Preliminary report on an investigation into the etiology of Oriental sore in Cambay - Number 50
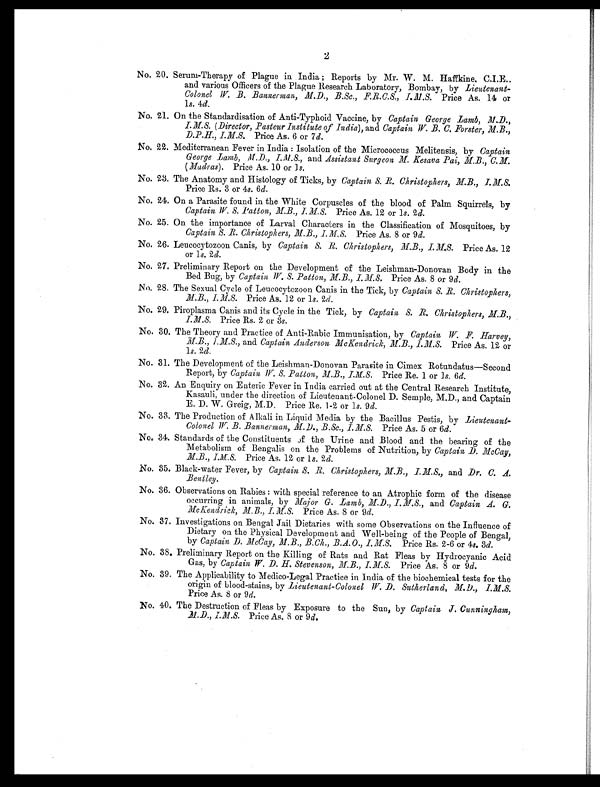
2
No. 20. Serum-Therapy of Plague in India ; Reports by Mr. W. M. Haffkine. C.I.E..
and various Officers of the Plague Research Laboratory, Bombay, by Lieutenant-
Colonel W. B. Bannerman, M.D., B.Sc., F.R.C.S., I.M.S. Price As. 14 or
1s. 4d.
No. 21. On the Standardisation of Anti-Typhoid Vaccine, by Captain George Lamb, M.D.,
I.M.S. (Director, Pasteur Institute of India), and Captain, W. B. C.Forster, M.B.,
D.P.H., I.M.S Price As. 6 or 7 d.
No. 22. Mediterranean Fever in India : Isolation of the Micrococcus Melitensis, by Captain
George Lamb, M.D., I.M.S., and Assistant Surgeon M. Kesava Pai, M.B., C.M.
(Madras). Price As. 10 or 1s.
No. 23. The Anatomy and Histology of Ticks, by Captain S. R. Christophers, M.B., I.M.S.
Price Rs. 3 or 4s. 6 d.
No. 24. On a Parasite found in the White Corpuscles of the blood of Palm Squirrels, by
Captain W. S. Patton, M.B., I.M.S. Price As. 12 or 1s. 2d.
No. 25. On the importance of Larval Characters in the Classification of Mosquitoes, by
Captain S. R. Christophers, M.B., I.M.S. Price As. 8 or 9 d.
No. 26. Leucocytozoon Canis, by Captain S. R. Christophers, M.B., I.M.S. Price As. 12
or 1s. 2d.
No. 27. Preliminary Report on the Development of the Leishman-Donovan Body in the
Bed Bug, by Captain W. S. Patton, M.B., I.M.S. Price As. 8 or 9d.
No. 28. The Sexual Cycle of Leucocytozoon Canis in the Tick, by Captain S. R. Christophers,
M.B., I.M.S. Price As. 12 or 1s. 2d.
No. 29. Piroplasma Canis and its Cycle in the Tick, by Captain S. R. Christophers, M.B.,
I.M.S. Price Rs. 2 or 3s.
No. 30. The Theory and Practice of Anti-Rabic Immunisation, by Captain W. F. Harvey,
M.B., I.M.S., and Captain Anderson McKendrick, M.B., I.M.S. Price As. 12 or
1 s. 2d.
No. 31. The Development of the Leishman-Donovan Parasite in Cimex Rotundatus—Second
Report, by Captain W. S. Patton, M.B., I.M.S Price Re. 1 or 1s. 6d.
No. 32. An Enquiry on Enteric Fever in India carried out at the Central Research Institute,
Kasauli, under the direction of Lieutenant-Colonel D. Semple, M.D., and Captain
E. D. W. Greig, M.D. Price Re. 1-2 or 1 s. 9 d.
No. 33. The Production of Alkali in Liquid Media by the Bacillus Pestis, by Lieutenant-
Colonel W B. Bannerman, M.D., B.Sc., I.M.S. Price As. 5 or 6 d.
No. 34. Standards of the Constituents of the Urine and Blood and the bearing of the
Metabolism of Bengalis on the Problems of Nutrition, by Captain D. McCoy,
M.B., I.M.S Price As. 12 or 1s. 2d.
No. 35. Black-water Fever, by Captain S. R. Christophers, M.B., I.M.S., and Dr. C. A.
Bentley.
No. 36. Observations on Rabies : with special reference to an Atrophic form of the disease
occurring in animals, by Major G. Lamb, M.D., I.M.Sa n d
C a p t a i n A . G .
McKendrick, M.B., I.M.S. Price As. 8 or 9 d.
No. 37. Investigations on Bengal Jail Dietaries with some Observations on the Influence of
Dietary on the Physical Development and Well-being of the People of Bengal,
by Captain D. McCay, M.B., B.Ch., B.A.O., I.M.S.P r i c e R s . 2 - 6 o r 4
s . 3
d .
No. 38. Preliminary Report on the Killing of Rats and Rat Fleas by Hydrocyanic Acid
Gas, by Captain W. D. H. Stevenson, M.B., I.M.S. Price As. 8 or 9 d.
No. 39. The Applicability to Medico-Legal Practice in India of the biochemical tests for the
origin of blood-stains, by Lieutenant-Colonel W. D. Sutherland, M.D., I.M.S.
Price As. 8 or 9 d.
No. 40. The Destruction of Fleas by Exposure to the Sun, by Captain J. Cunningham,
M.D., I.M.S. Price As. 8 or 9d.